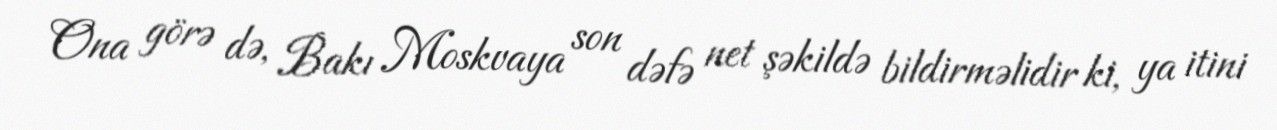
Ona görə də, Bakı Moskvaya son dəfə net şəkildə bildirməlidir ki, ya itini